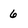
Character: 6